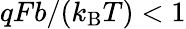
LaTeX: qFb/(k_{\mathrm{B}}T)<1